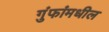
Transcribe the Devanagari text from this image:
गुंफांमधील